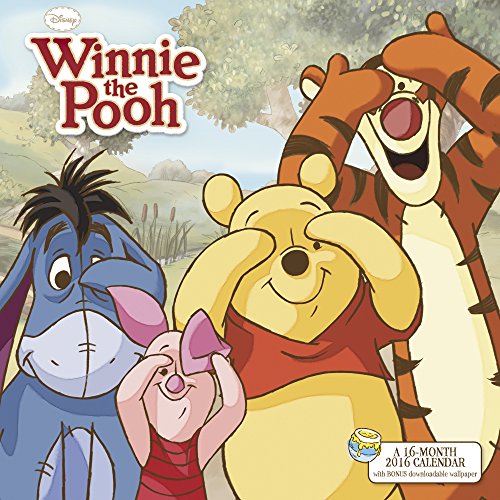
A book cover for Winnie the Pooh Wall Calendar (2016); Day Dream; Calendars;